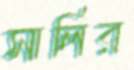
সার্লির